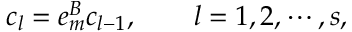
c _ { l } = e _ { m } ^ { B } c _ { l - 1 } , \qquad l = 1 , 2 , \cdots , s ,